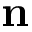
\mathbf { n }